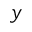
y